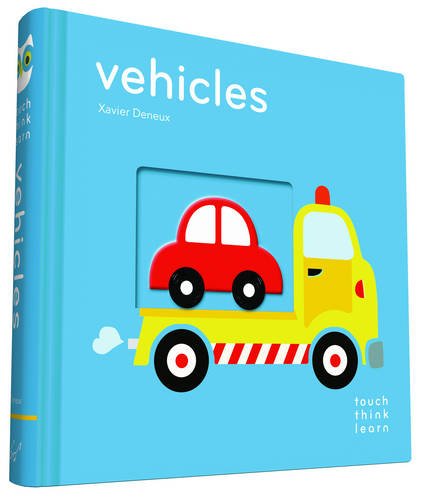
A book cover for TouchThinkLearn: Vehicles; Xavier Deneux; Engineering & Transportation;